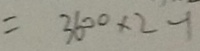
= 3 6 0 0 \times 2 - 1